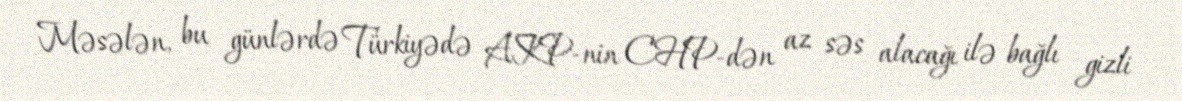
Məsələn, bu günlərdə Türkiyədə AKP-nin CHP-dən az səs alacağı ilə bağlı gizli